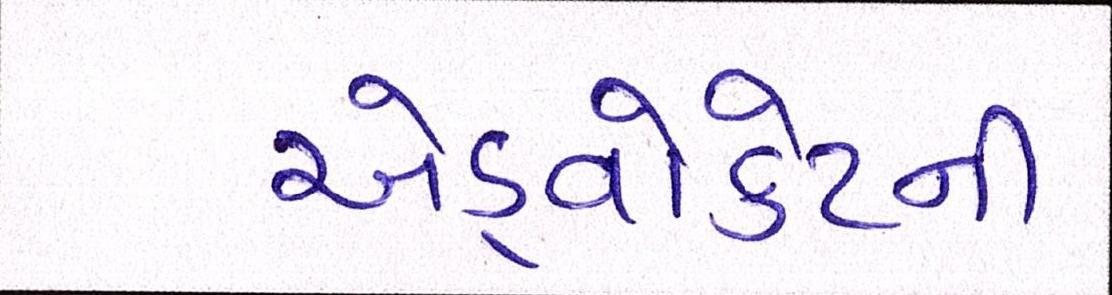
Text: એડ્વોકેટની